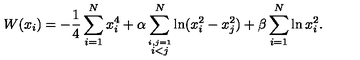
W ( x _ { i } ) = - \frac { 1 } { 4 } \sum _ { i = 1 } ^ { N } x _ { i } ^ { 4 } + \alpha \sum _ { \stackrel { i , j = 1 } { i < j } } ^ { N } \ln ( x _ { i } ^ { 2 } - x _ { j } ^ { 2 } ) + \beta \sum _ { i = 1 } ^ { N } \ln x _ { i } ^ { 2 } .